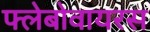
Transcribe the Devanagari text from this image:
फ्लेबोवायरस